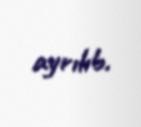
ayrılıb.